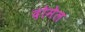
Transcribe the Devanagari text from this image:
दोमेल